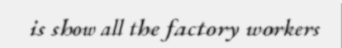
is show all the factory workers